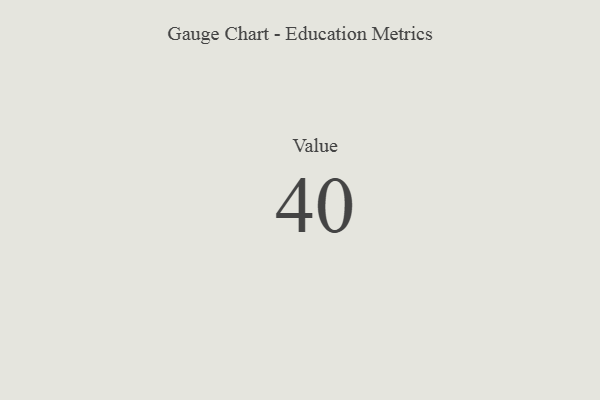
{"axis": {"x": "Metric", "y": "Value"}, "legend": [""], "data": [{"x": "Value", "y": 40, "type": ""}]}